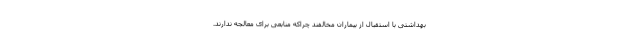
بهداشتی با استقبال از بیماران مخالفند چراکه منابعی برای معالجه ندارند.